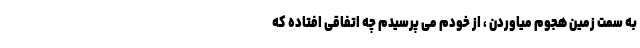
به سمت زمین هجوم میاوردن ، از خودم می پرسیدم چه اتفاقی افتاده که